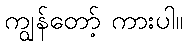
ကျွန်တော့် ကားပါ။